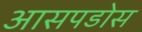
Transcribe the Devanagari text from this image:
आसपडोस